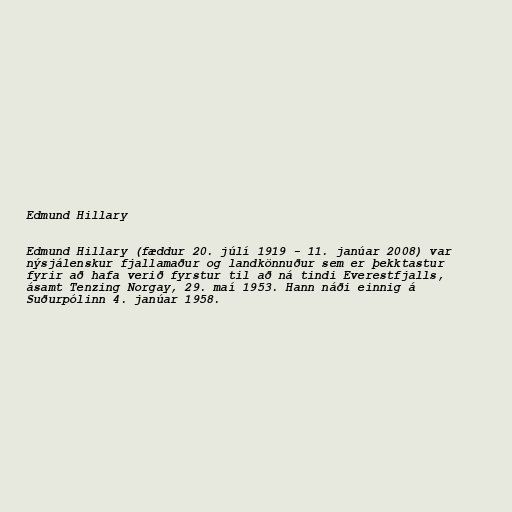
Edmund Hillary

Edmund Hillary (fæddur 20. júlí 1919 - 11. janúar 2008) var
nýsjálenskur fjallamaður og landkönnuður sem er þekktastur
fyrir að hafa verið fyrstur til að ná tindi Everestfjalls,
ásamt Tenzing Norgay, 29. maí 1953. Hann náði einnig á
Suðurpólinn 4. janúar 1958.